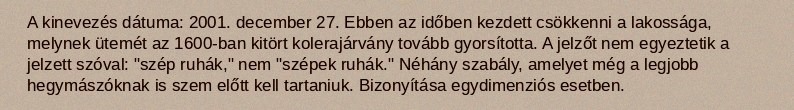
A kinevezés dátuma: 2001. december 27. Ebben az időben kezdett csökkenni a lakossága, melynek ütemét az 1600-ban kitört kolerajárvány tovább gyorsította. A jelzőt nem egyeztetik a jelzett szóval: "szép ruhák," nem "szépek ruhák." Néhány szabály, amelyet még a legjobb hegymászóknak is szem előtt kell tartaniuk. Bizonyítása egydimenziós esetben.